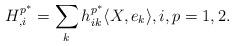
LaTeX: \begin{align*}H^{p^{\ast}}_{,i}=\sum_k h^{p^{\ast}}_{ik} \langle X,e_k \rangle, i, p=1, 2.\end{align*}